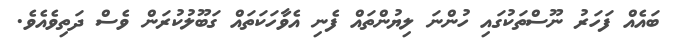
ބައެއް ފަހަރު ނޫސްތަކުގައި ހުންނަ ލިޔުންތައް ފެނި އެވާހަކަތައް ގަބޫލުކުރަން ވެސް ދަތިވެއެވެ.